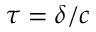
\tau = \delta / c